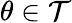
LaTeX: \theta\in\mathcal T